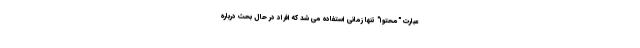
عبارت "محتوا" تنها زمانی استفاده می شد که افراد در حال بحث درباره